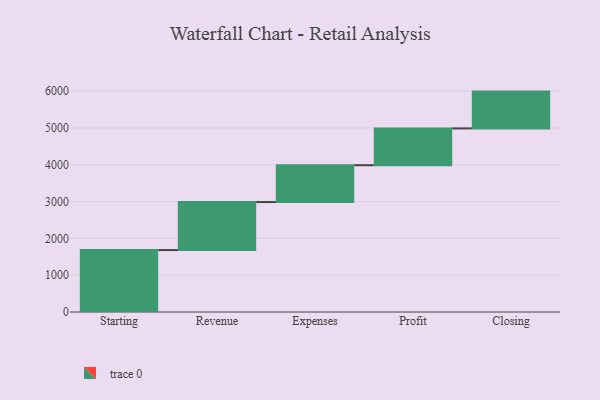
{"axis": {"x": "Step", "y": "Value"}, "legend": [""], "data": [{"x": "Starting", "y": 1682.0, "type": ""}, {"x": "Revenue", "y": 1305.0, "type": ""}, {"x": "Expenses", "y": 1000, "type": ""}, {"x": "Profit", "y": 1000, "type": ""}, {"x": "Closing", "y": 1000, "type": ""}]}